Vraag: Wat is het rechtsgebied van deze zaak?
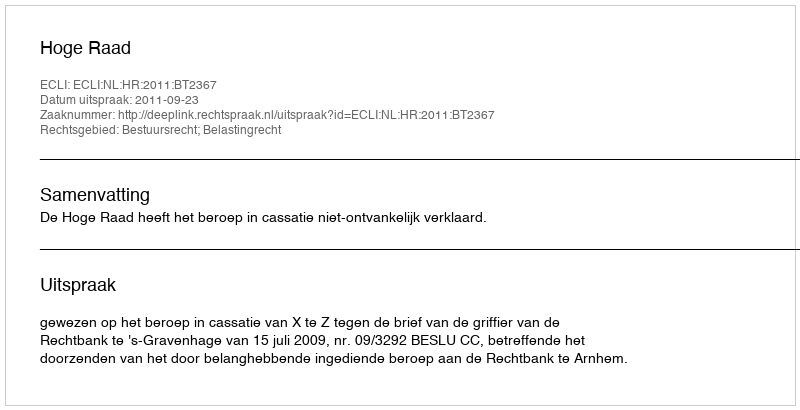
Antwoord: Bestuursrecht; Belastingrecht